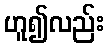
ဟူ၍လည်း